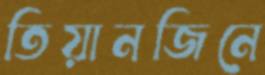
তিয়ানজিনে